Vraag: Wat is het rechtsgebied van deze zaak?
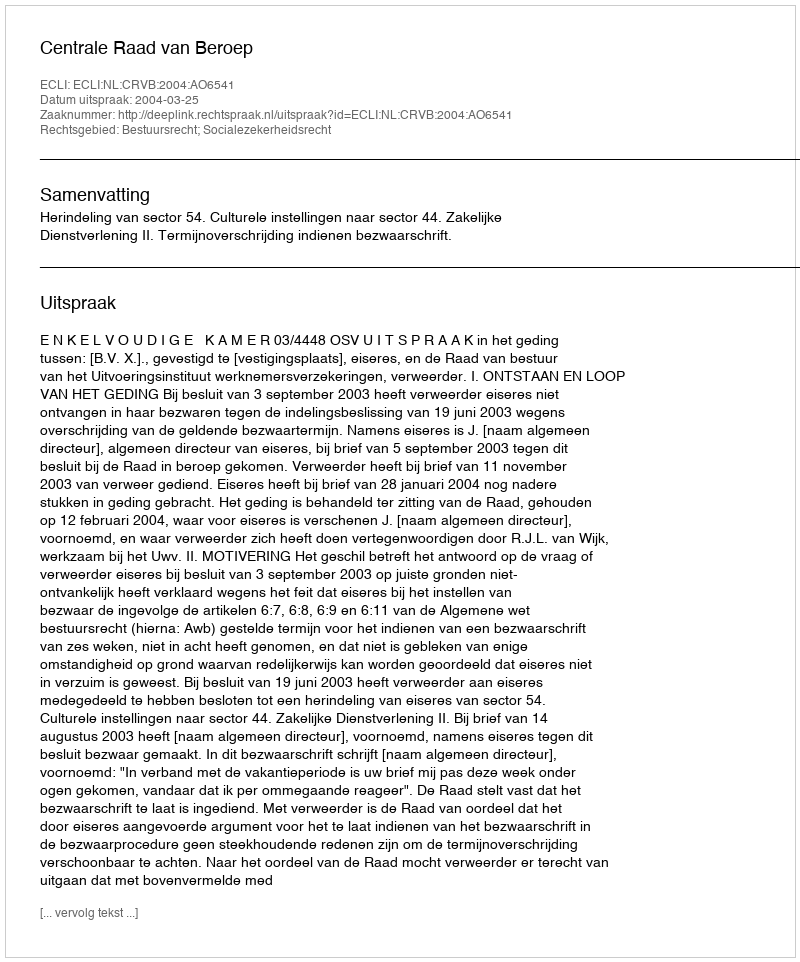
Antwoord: Bestuursrecht; Socialezekerheidsrecht